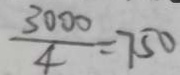
\frac { 3 0 0 0 } { 4 } = 7 5 0